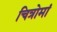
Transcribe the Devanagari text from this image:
चित्रोमां